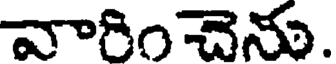
వారిం చెను.